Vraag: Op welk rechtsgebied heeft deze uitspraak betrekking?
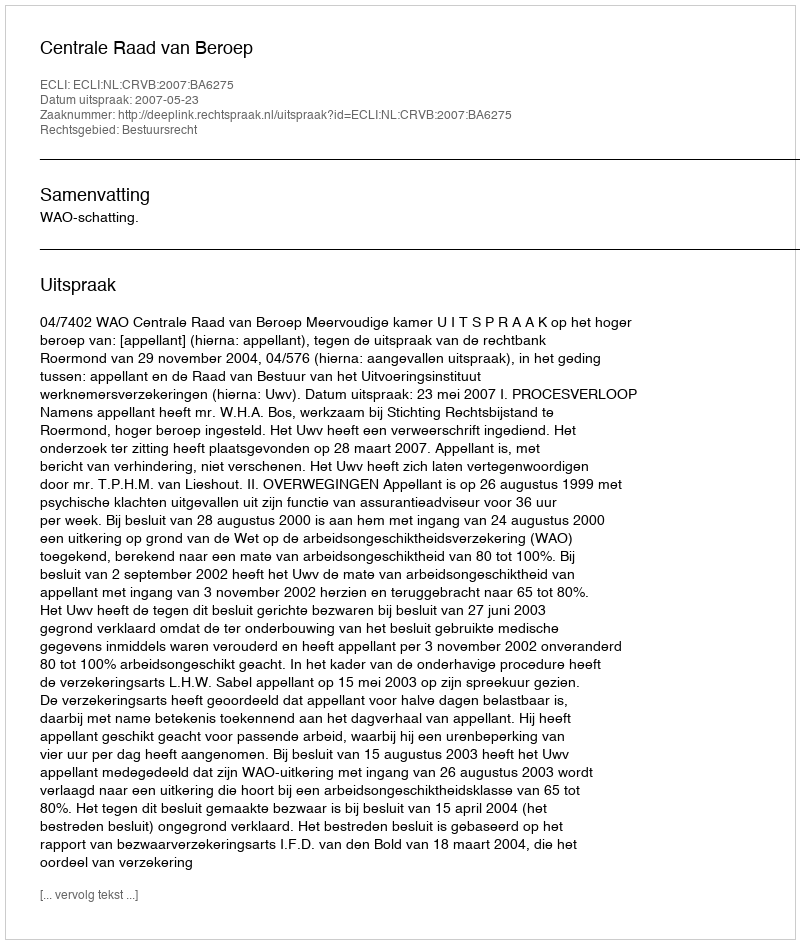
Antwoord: Bestuursrecht